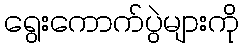
ရွေးကောက်ပွဲများကို